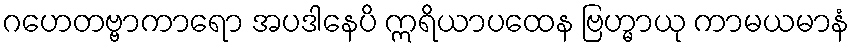
ဂဟေတဗ္ဗာကာရော အပဒါနေပိ ဣရိယာပထေန ဗြဟ္မာယု ကာမယမာနံ